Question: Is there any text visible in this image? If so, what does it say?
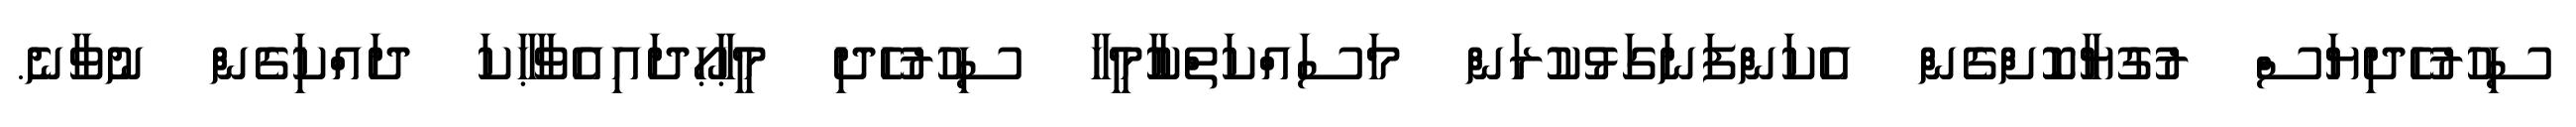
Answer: ސިހުރުހެދިޔަސް ރުގުޔާކޮށްގެން އެކަންފަނަގަޅުކުރަން މަސައްކަތްކުާމީހާ ސިހުރުހެދި މީޙާޙޯދައިއެވާޙާކަ ދައްކަިގެން ނުވާނެ.